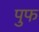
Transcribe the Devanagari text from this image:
पुफ